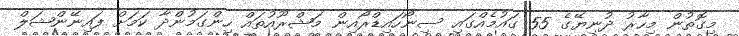
މިގޮތުން މިހާރު ދުނިޔޭގެ 55 ގައުމެއްގައި ސިނޯހައިޑްރޯއިން މަޝްރޫއުތައް ހިންގަމުންދާ ކަމަށް ފައިނޭންޝަލް